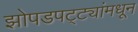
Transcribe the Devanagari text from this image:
झोपडपट्ट्यांमधून